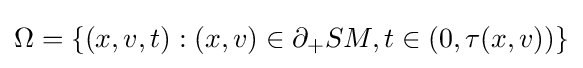
\Omega =\{(x,v,t):(x,v)\in \partial _{+}SM,t\in (0,\tau (x,v))\}